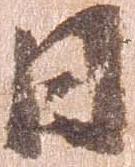
日